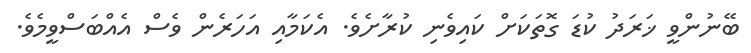
ބޭނުންވީ ޚަރަދު ކުޑަ ގޮތަކަށް ކައިވެނި ކުރާށެވެ. އެކަމާއި އަހަރެން ވެސް އެއްބަސްވީމެވެ.